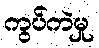
ကွပ်ကဲမှု